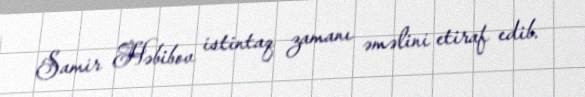
Samir Həbibov istintaq zamanı əməlini etiraf edib.